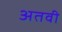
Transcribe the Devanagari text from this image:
अतवी